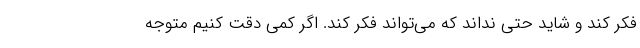
فکر کند و شاید حتی نداند که می‌تواند فکر کند. اگر کمی دقت کنیم متوجه